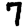
Digit: 7